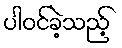
ပါဝင်ခဲ့သည့်